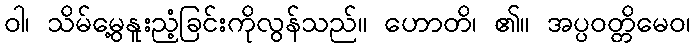
ဝါ၊ သိမ်မွေ့နူးညံ့ခြင်းကိုလွန်သည်။ ဟောတိ၊ ၏။ အပ္ပဝတ္တိမေဝ၊